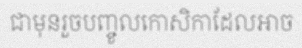
ជាមុនរួចបញ្ចូលកោសិកាដែលអាច